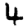
Digit: 4